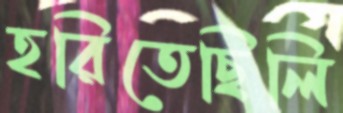
হরিতেছিলি